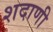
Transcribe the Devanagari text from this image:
शदाणी